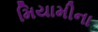
મિયામીના